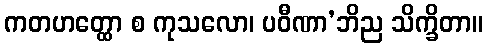
ကတဟတ္ထော စ ကုသလော၊ ပဝီဏာ’ဘိည သိက္ခိတာ။